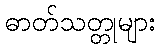
ဓာတ်သတ္တုများ